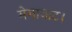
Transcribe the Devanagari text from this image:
मेगावाट।